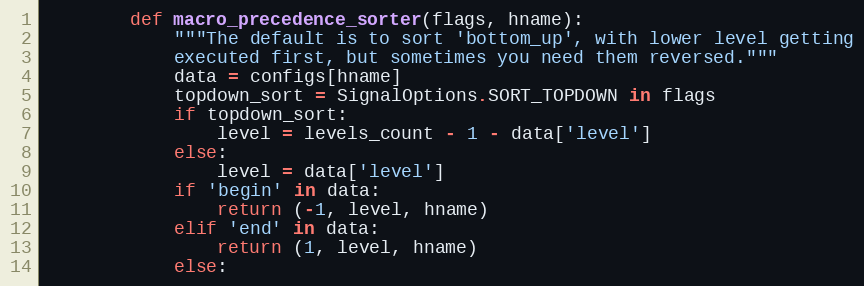
Language: Python
        def macro_precedence_sorter(flags, hname):
            """The default is to sort 'bottom_up', with lower level getting
            executed first, but sometimes you need them reversed."""
            data = configs[hname]
            topdown_sort = SignalOptions.SORT_TOPDOWN in flags
            if topdown_sort:
                level = levels_count - 1 - data['level']
            else:
                level = data['level']
            if 'begin' in data:
                return (-1, level, hname)
            elif 'end' in data:
                return (1, level, hname)
            else: